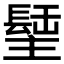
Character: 𨲣